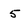
Character: 5